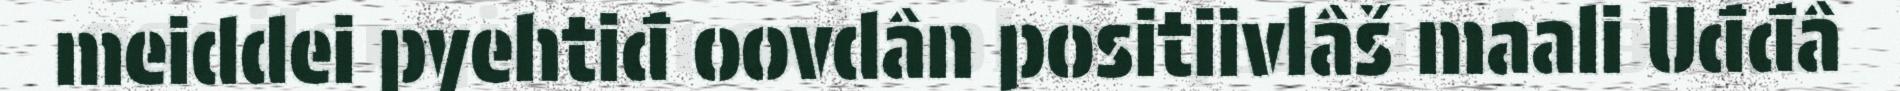
meiddei pyehtiđ oovdân positiivlâš maali Uđđâ